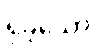
ရှိခဲ့သော